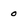
Character: 0